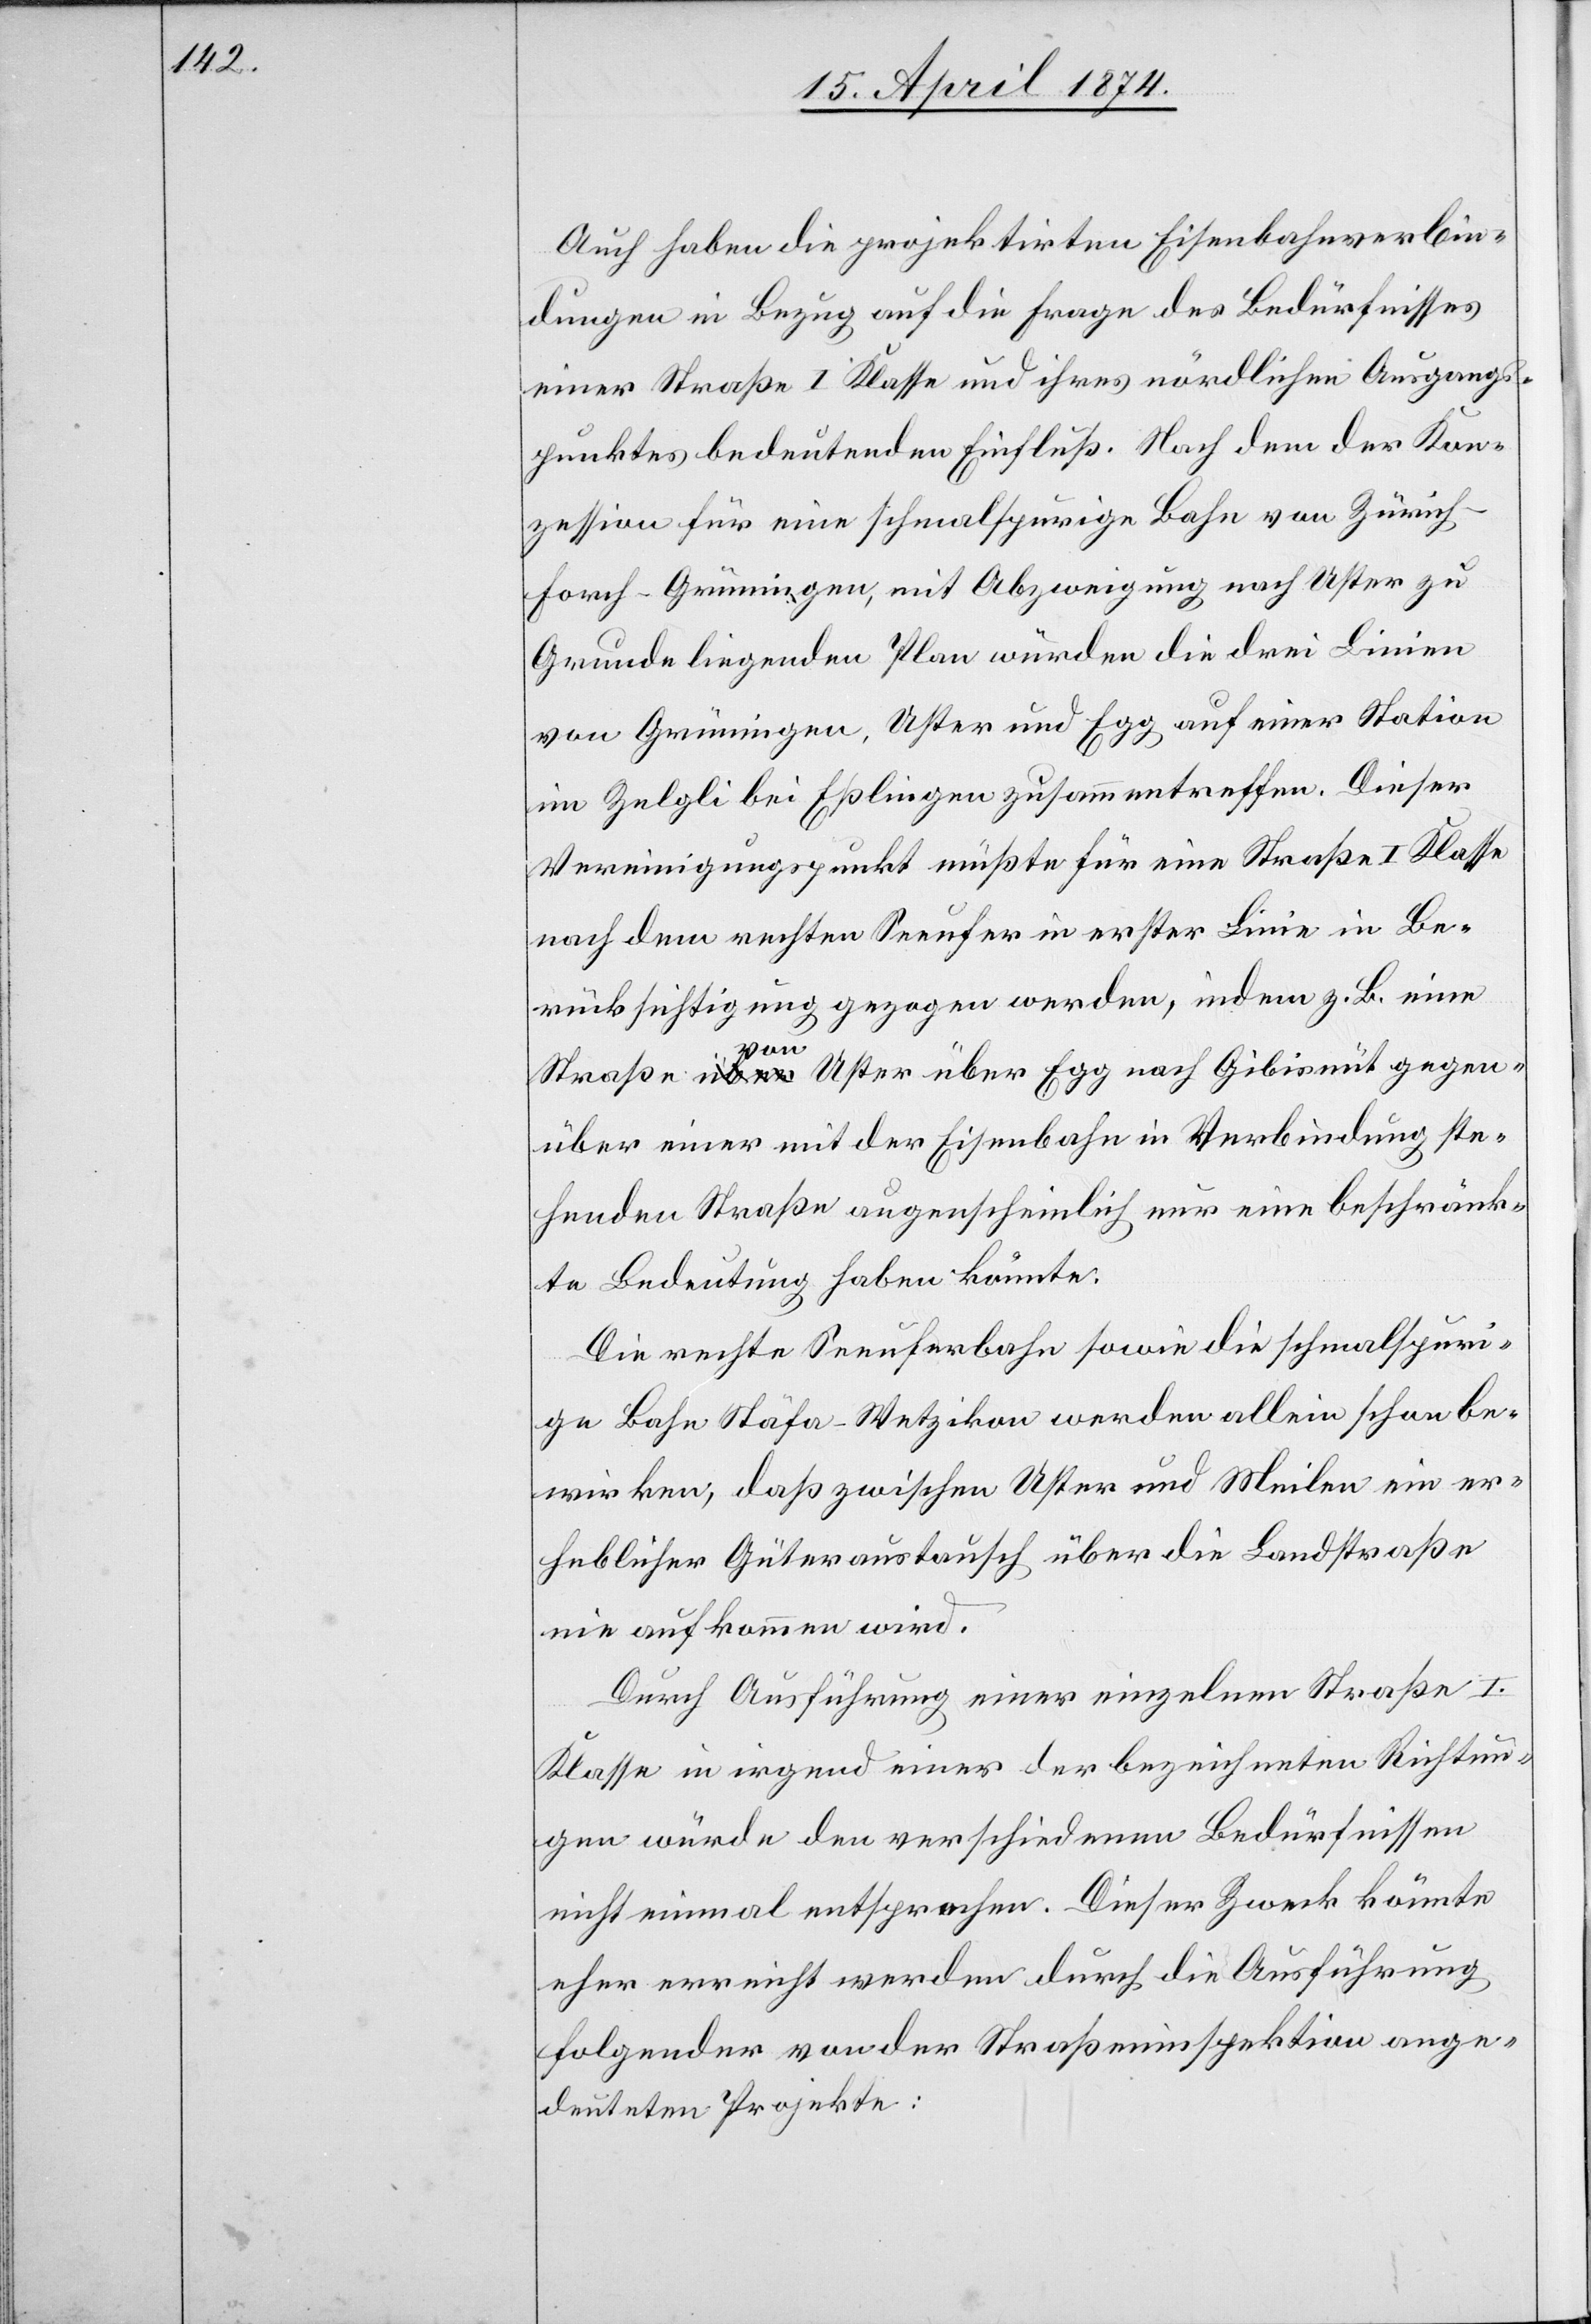
Auch haben die projektirten Eisenbahnverbin¬
dungen in Bezug auf die Frage des Bedürfnisses
einer Straße I. Klasse und ihres nördlichen Ausgangs¬
punktes bedeutenden Einfluß. Nach dem der Kon¬
zession für eine schmalspürige Bahn von Zürich-F¬
orch-Grüningen, mit Abzweigung nach Uster zu
Grunde liegenden Plan würden die drei Linien
von Grüningen, Uster und Egg auf einer Station
im Zelgli bei Eßlingen zusammentreffen. Dieser
Vereinigungspunkt müßte für eine Straße I. Klasse
nach dem rechten Seeufer in erster Linie in Be¬
rücksichtigung gezogen werden, indem z. B. eine
von
Uster über Egg nach Gibisnüt gegen¬
über einer mit der Eisenbahn in Verbindung ste¬
henden Straße augenscheinlich nur eine beschränk¬
te Bedeutung haben könnte.
Die rechte Seeuferbahn sowie die schmalspuri¬
ge Bahn Stäfa-Wetzikon werden allein schon be¬
wirken, daß zwischen Uster und Meilen ein er¬
heblicher Güteraustausch über die Landstraße
nie aufkommen wird.
Durch Ausführung einer einzelnen Straße I.
Klasse in irgend einer der bezeichneten Richtun¬
gen würde den verschiedenen Bedürfnissen
nicht einmal entsprochen. Dieser Zweck könnte
eher erreicht werden durch die Ausführung
folgender von der Straßeninspektion ange¬
deuteten Projekte: